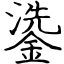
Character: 鍌